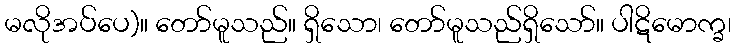
မလိုအပ်ပေ)။ တော်မူသည်။ ရှိသော၊ တော်မူသည်ရှိသော်။ ပါဋိမောက္ခ၊